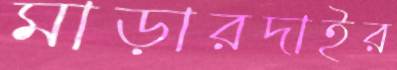
মাড়ারদাইর